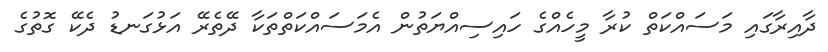
ދާއިރާގައި މަސައްކަތް ކުރާ މީހެއްގެ ހައިސިއްޔަތުން އެމަސައްކަތްތަކާ ދޭތެރޭ އަޅުގަނޑު ދެކޭ ގޮތުގެ